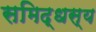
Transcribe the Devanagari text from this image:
समिद्धस्य